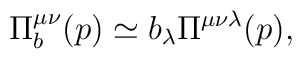
\Pi _{b}^{\mu \nu }(p)\simeq b_{\lambda }\Pi ^{\mu \nu \lambda }(p),